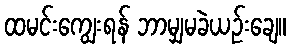
ထမင်းကျွေးရန် ဘာမျှမခဲယဉ်းချေ။